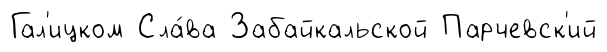
Гал'ицком Сла́ва Забайкальской Парчевск'ий